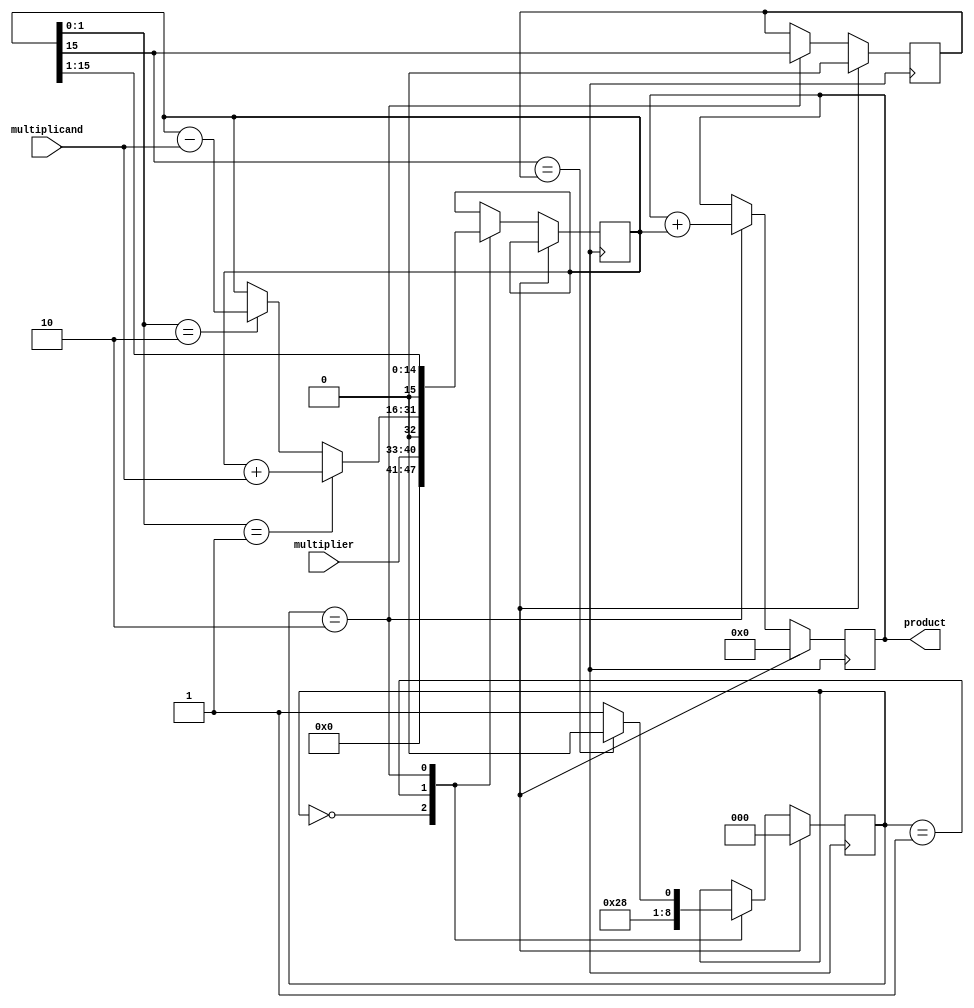
module booth_multiplier(
    input [7:0] multiplicand,
    input [7:0] multiplier,
    output reg [15:0] product
);

reg [15:0] partial_product;
reg [15:0] accumulator;
reg [2:0] shift_count;
reg sign_bit;
reg done;

always @(posedge clk) begin
    if (reset) begin
        shift_count <= 0;
        accumulator <= 0;
        sign_bit <= 0;
        done <= 0;
    end else begin
        case(shift_count)
            0: begin
                partial_product <= {8'b0, multiplier, 1'b0};
                shift_count <= 1;
            end
            1: begin
                if (partial_product[1:0] == 2'b01) begin
                    partial_product <= partial_product + multiplicand;
                end else if (partial_product[1:0] == 2'b10) begin
                    partial_product <= partial_product - multiplicand;
                end
                shift_count <= 2;
            end
            2: begin
                partial_product <= partial_product >> 1;
                shift_count <= (partial_product[15] == sign_bit) ? 0 : 1;
                accumulator <= accumulator + partial_product;
                sign_bit <= partial_product[15];
                done <= (shift_count == 1) ? 1 : 0;
            end
        endcase
    end
end

assign product = accumulator;

endmodule